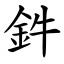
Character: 鈝